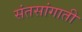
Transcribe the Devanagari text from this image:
संतसांगाती